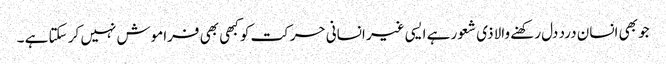
جو بھی انسان درد دل رکھنے والا ذی شعور ہے ایسی غیر انسانی حرکت کو کبھی بھی فراموش نہیں کر سکتا ہے ۔